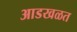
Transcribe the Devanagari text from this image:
आडखळत